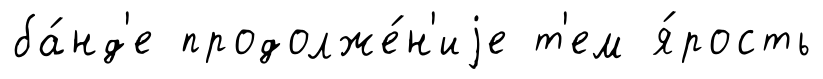
ба́нд'е продолже́н'иjе т'ем я́рость